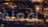
أفعلة